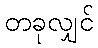
တခုလျှင်